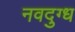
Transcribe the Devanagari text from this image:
नवदुग्ध